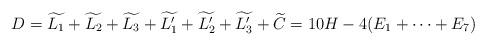
LaTeX: \begin{align*}D = \widetilde{L_1} + \widetilde{L_2} + \widetilde{L_3}+ \widetilde{L_1'}+ \widetilde{L_2'}+ \widetilde{L_3'} + \widetilde{C} = 10H - 4(E_{1} + \cdots + E_{7})\end{align*}